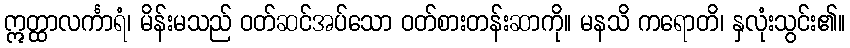
ဣတ္ထာလင်္ကာရံ၊ မိန်းမသည် ဝတ်ဆင်အပ်သော ဝတ်စားတန်းဆာကို။ မနသိ ကရောတိ၊ နှလုံးသွင်း၏။